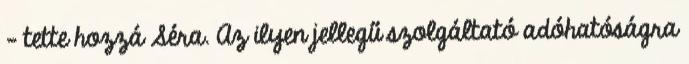
- tette hozzá Séra. Az ilyen jellegű szolgáltató adóhatóságra